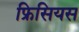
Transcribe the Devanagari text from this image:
फ्रिसियस